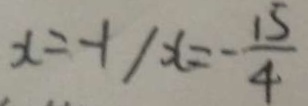
x = - 1 / x = - \frac { 1 5 } { 4 }